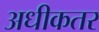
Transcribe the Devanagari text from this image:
अधीकतर